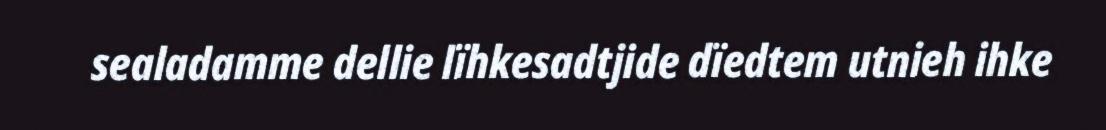
sealadamme dellie lïhkesadtjide dïedtem utnieh ihke